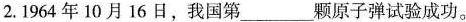
2.1964年10月16日，我国第___颗原子弹试验成功。